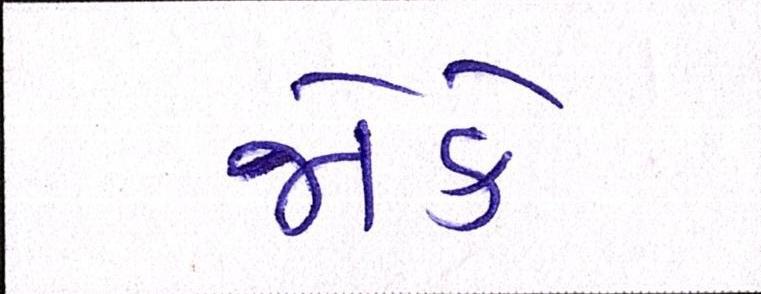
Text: જોકે